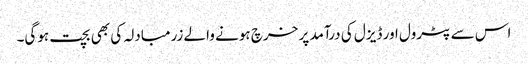
اس سے پٹرول اور ڈیزل کی درآمد پر خرچ ہونے والے زرمبادلہ کی بھی بچت ہوگی۔